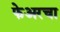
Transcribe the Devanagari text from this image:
फेअरचा